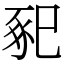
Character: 𢁁